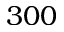
3 0 0